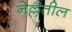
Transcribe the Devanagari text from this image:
नेल्लैतील